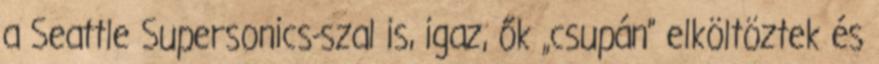
a Seattle Supersonics-szal is, igaz, ők „csupán” elköltöztek és